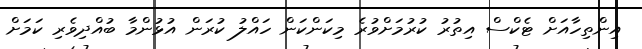
އިންތިހާއަށް ޓެކްސް އިތުރު ކުރުމަށްވުރެ މިކަންކަން ހައްލު ކުރަން އުޅުންމާ ބުއްދިވެރި ކަމަށް